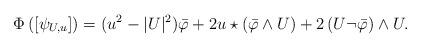
LaTeX: \begin{align*}\Phi\left(\left[\psi_{U,u}\right]\right)=(u^2-|U|^2)\bar{\varphi}+2u\star(\bar{\varphi}\wedge U)+2\left({U}\neg\bar{\varphi}\right)\wedge U.\end{align*}